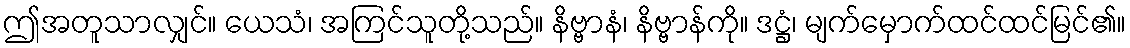
ဤအတူသာလျှင်။ ယေသံ၊ အကြင်သူတို့သည်။ နိဗ္ဗာနံ၊ နိဗ္ဗာန်ကို။ ဒဋ္ဌံ၊ မျက်မှောက်ထင်ထင်မြင်၏။